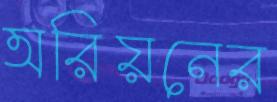
অরিয়নের